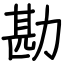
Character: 勘